Indian journal of veterinary science and animal husbandry - Volume 4,
Year: 1934
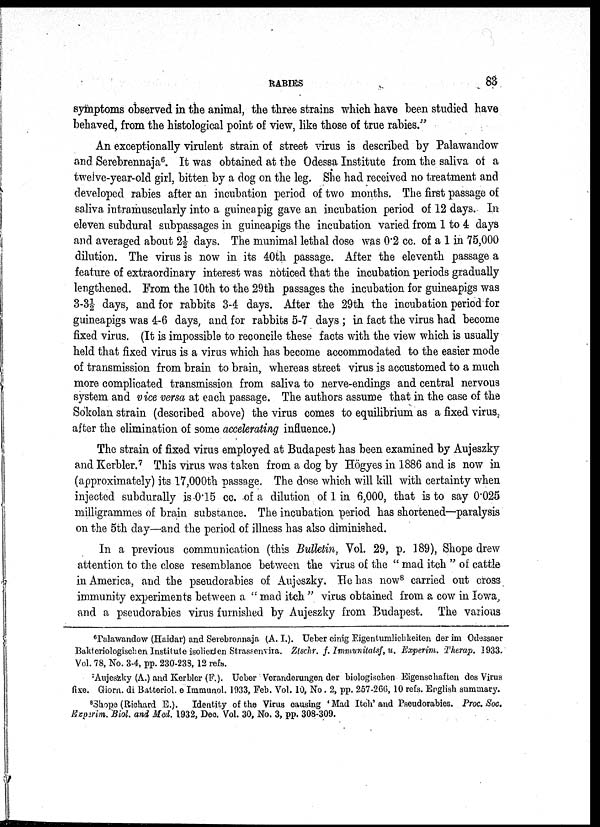
RABIES
83
symptoms observed in the animal, the three strains which have been studied have
behaved, from the histological point of view, like those of true rabies."
An exceptionally virulent strain of street virus is described by Palawandow
and Serebrennaja 6 . It was obtained at the Odessa Institute from the saliva of a
twelve-year-old girl, bitten by a dog on the leg. She had received no treatment and
developed rabies after an incubation period of two months. The first passage of
saliva intramuscularly into a guinea pig gave an incubation period of 12 days. In
eleven subdural subpassages in guineapigs the incubation varied from 1 to 4 days
and averaged about 2½ days. The manimal lethal dose was 0.2 cc. of a 1 in 75,000
dilution. The virus is now in its 40th passage. After the eleventh passage a
feature of extraordinary interest was noticed that the incubation periods gradually
lengthened. From the 10th to the 29th passages the incubation for guineapigs was
3-3½ days, and for rabbits 3-4 days. After the 29th the incubation period for
guineapigs was 4-6 days, and for rabbits 5-7 days ; in fact the virus had become
fixed virus. (It is impossible to reconcile these facts with the view which is usually
held that fixed virus is a virus which has become accommodated to the easier mode
of transmission from brain to brain, whereas street virus is accustomed to a much
more complicated transmission from saliva to nerve-endings and central nervous
system and vice versa at each passage. The authors assume that in the case of the
Sokolan strain (described above) the virus comes to equilibrium as a fixed virus
after the elimination of some accelerating influence.)
The strain of fixed virus employed at Budapest has been examined by Aujeszky
and Kerbler. 7 This virus was taken from a dog by Högyes in 1886 and is now in
(approximately) its 17,000th passage. The dose which will kill with certainty when
injected subdurally is 0.15 cc. of a dilution of 1 in 6,000, that is to say 0.025
milligrammes of brain substance. The incubation period has shortened—paralysis
on the 5th day—and the period of illness has also diminished.
In a previous communication (this Bulletin, Vol. 29, p. 189), Shope drew
attention to the close resemblance between the virus of the " mad itch " of cattle
in America, and the pseudorabies of Aujeszky. He has now 8 carried out cross
immunity experiments between a " mad itch " virus obtained from a cow in Iowa,
and a pseudorabies virus furnished by Aujeszky from Budapest. The various
6
Palawandow (Haidar) and Serebrennaja (A. I.). Ueber einig Eigentumlichkeiten der im Odessaer
Balderiologischen Institute isolierien Strassenvira. Ztschr. f. Immunitatsf, u. Experim. Therap. 1933.
Vol. 78, No. 3-4, pp. 230-233, 12 refs.
7
Aujeszky (A.) and Kerbler (F.). Ueber Veranderungen der biologischen Eigensehaften des Virus
fixe. Giorn. di Batteriol. e Immunol. 1933, Feb. Vol. 10, No. 2, pp. 257-266,10 refs. English summary.
8
Shope (Richard E.). Identity of the Virus causing 'Mad Itch' and Pseudorabies. Proc. Soc.
Experim. Biol. and Med. 1932, Dec. Vol. 30, No. 3, pp. 308-309.